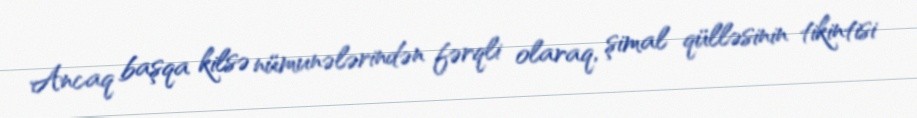
Ancaq başqa kilsə nümunələrindən fərqli olaraq, şimal qülləsinin tikintisi